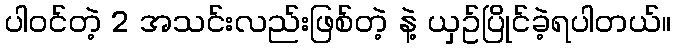
ပါဝင်တဲ့ 2 အသင်းလည်းဖြစ်တဲ့ နဲ့ ယှဥ်ပြိုင်ခဲ့ရပါတယ်။